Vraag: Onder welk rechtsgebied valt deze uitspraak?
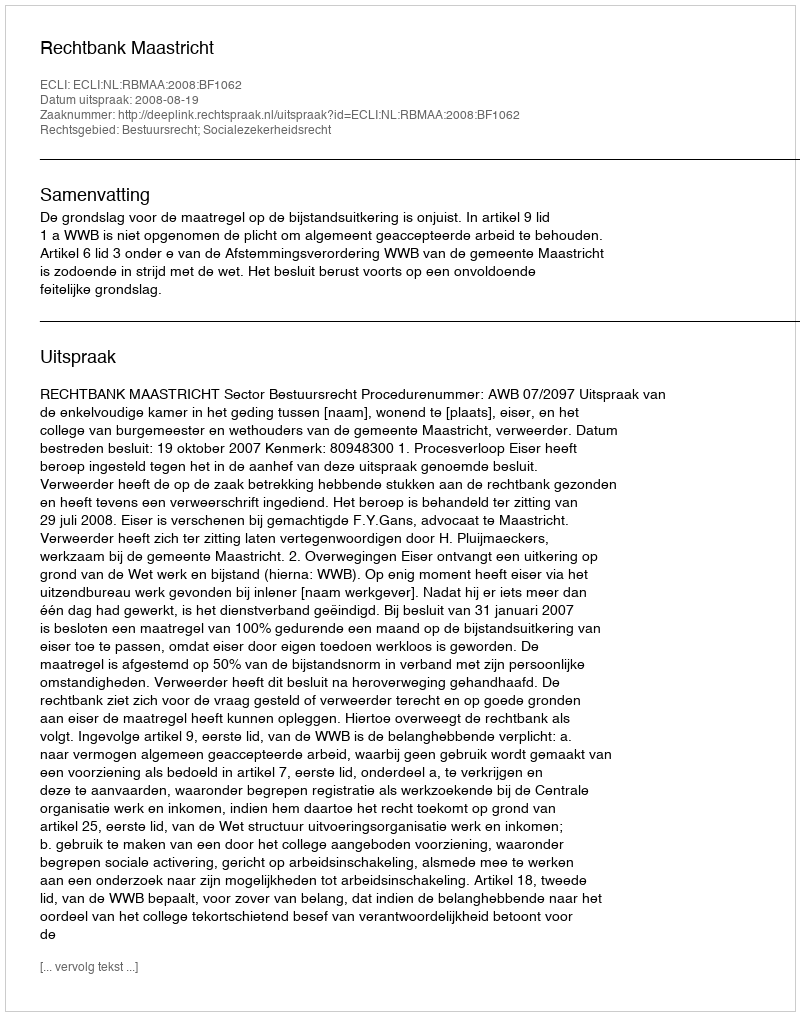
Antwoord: Bestuursrecht; Socialezekerheidsrecht